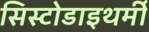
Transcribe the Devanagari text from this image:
सिस्टोडाइथर्मी